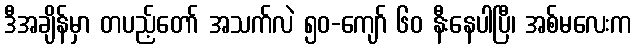
ဒီအချိန်မှာ တပည့်တော် အသက်လဲ ၅၀-ကျော် ၆၀ နီးနေပါပြီ၊ အစ်မလေးက